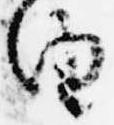
由